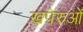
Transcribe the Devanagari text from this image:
खपेरुओं